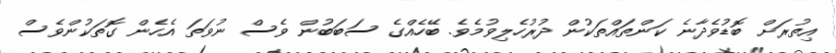
އިތުރަށް ބޮޑުވެދާނެ ކަންތައްތަކުން ދުރުހެލިވުމެވެ. ބޭހެއްގެ ސަބަބުން ވެސް ނުވަތަ އެހެން ގޮތަކުންވެސް